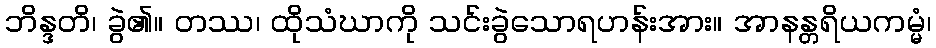
ဘိန္ဒတိ၊ ခွဲ၏။ တဿ၊ ထိုသံဃာကို သင်းခွဲသောရဟန်းအား။ အာနန္တရိယကမ္မံ၊